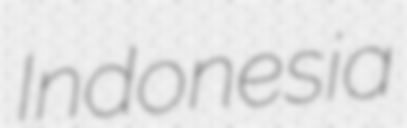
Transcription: Indonesia